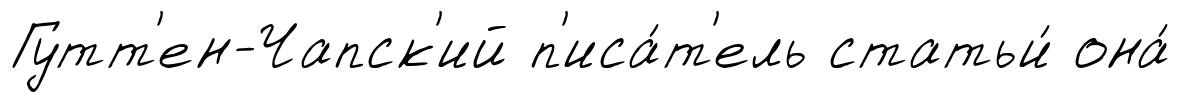
Гутт'ен-Чапск'ий п'иса́т'ель статьи́ она́